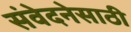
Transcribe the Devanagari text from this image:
संवेदनेसाठी